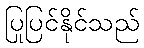
ပြုပြင်နိုင်သည်